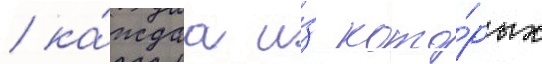
/ ка́ждаа и́з кото́рых